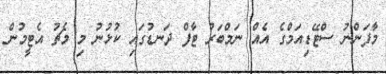
މާފަންނު ސްޓޭޑިއަމްގެ އެއް ނަމްބަރު ޓާފް ދަނޑުގައި ކުޅުނު މި މެޗު އެޓީމުން